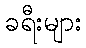
ခရီးများ